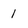
Character: 1